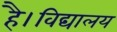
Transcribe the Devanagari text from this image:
है।विद्यालय